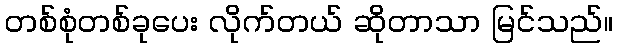
တစ်စုံတစ်ခုပေး လိုက်တယ် ဆိုတာသာ မြင်သည်။